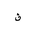
Letter: _qaf